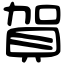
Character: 賀